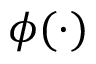
\phi ( \cdot )